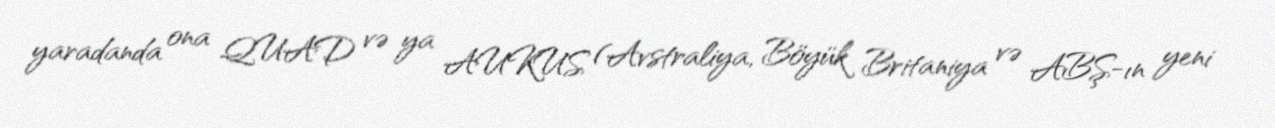
yaradanda ona QUAD və ya AUKUS (Avstraliya, Böyük Britaniya və ABŞ-ın yeni